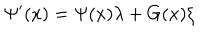
LaTeX: \Psi ^ { \prime } ( x ) = \Psi ( x ) \lambda + G ( x ) \xi